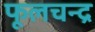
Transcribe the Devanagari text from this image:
फूलचन्द्र